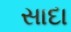
સાદા